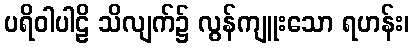
ပရိဝါပါဠိ သိလျက်၌ လွန်ကျူးသော ရဟန်း၊